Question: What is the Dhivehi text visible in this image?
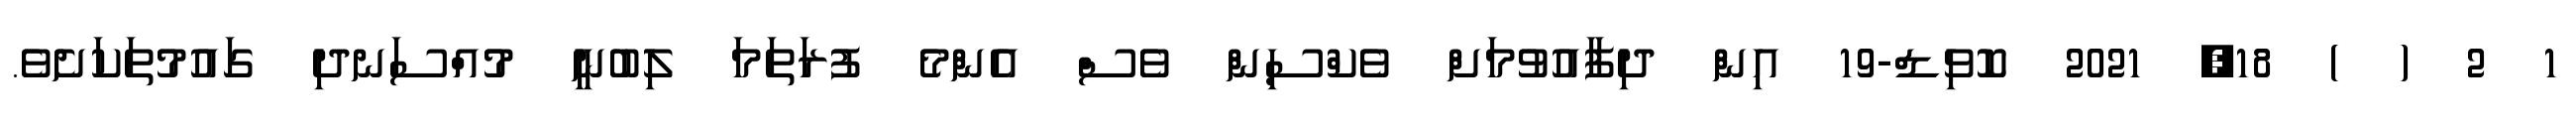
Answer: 1 2 ( ) 18, 2021 ކޮވިޑް-19 އިން ދިފާއުވުމަށް ވެކްސިން ވެސް އެންމެ ފުރަތަމަ ލިބުނީ މުއްސަނދި ގައުމުތަކަށެވެ.